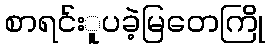
စာရင်းူပခဲ့မြတေကြို